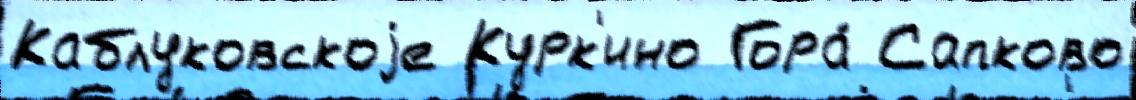
Каблуковскоjе Курк'ино Гора́ Сапково